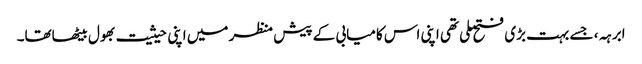
ابرہہ، جسے بہت بڑی فتح ملی تھی اپنی اس کامیابی کے پیش منظر میں اپنی حیثیت بھول بیٹھاتھا۔